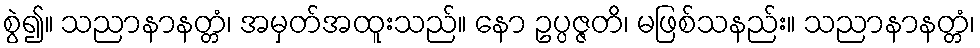
စွဲ၍။ သညာနာနတ္တံ၊ အမှတ်အထူးသည်။ နော ဥပ္ပဇ္ဇတိ၊ မဖြစ်သနည်း။ သညာနာနတ္တံ၊